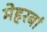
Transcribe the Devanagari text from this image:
मेहरबां